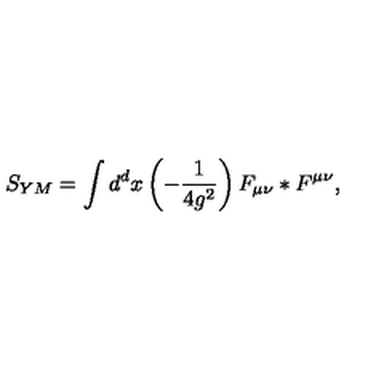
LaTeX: S _ { Y M } = \int d ^ { d } x \left( - \frac { 1 } { 4 g ^ { 2 } } \right) F _ { \mu \nu } * F ^ { \mu \nu } ,